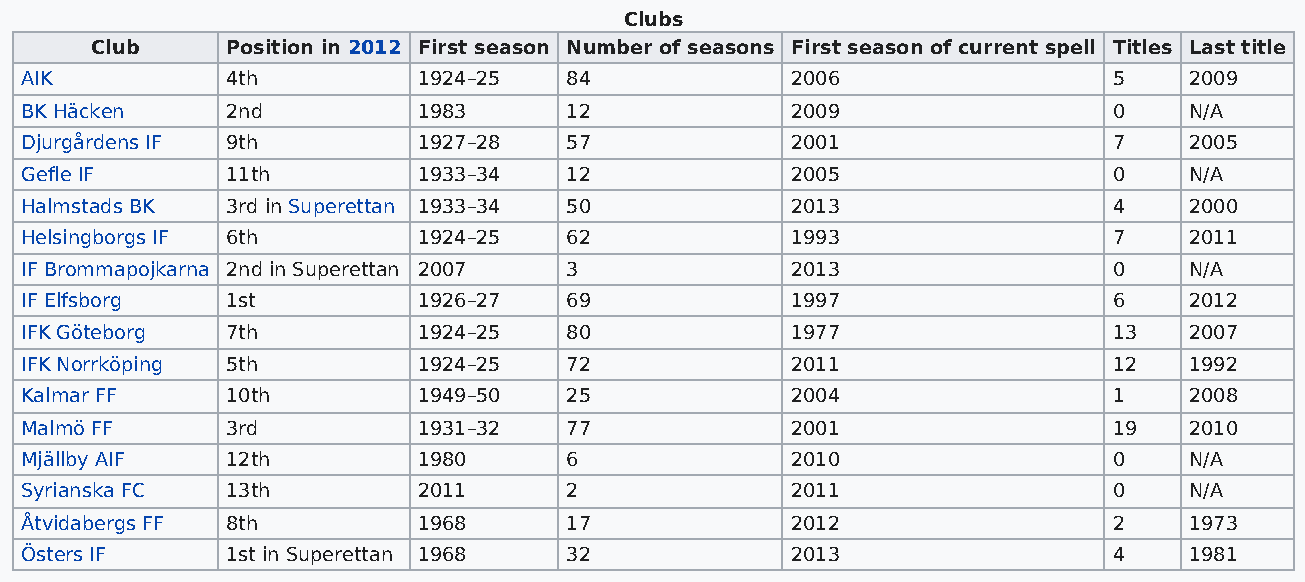
Clubs
 Club     Position in 2012 First season Number of seasons First season of current spell Titles Last title
 AIK           4th          1924–25  84             2006                  5    2009
 BK Häcken     2nd          1983     12             2009                  0    N/A
 Djurgårdens IF 9th         1927–28  57             2001                  7    2005
 Gefle IF      11th         1933–34  12             2005                  0    N/A
 Halmstads BK  3rd in Superettan 1933–34 50         2013                  4    2000
 Helsingborgs IF 6th        1924–25  62             1993                  7    2011
 IF Brommapojkarna 2nd in Superettan 2007 3         2013                  0    N/A
 IF Elfsborg   1st          1926–27  69             1997                  6    2012
 IFK Göteborg  7th          1924–25  80             1977                  13   2007
 IFK Norrköping 5th         1924–25  72             2011                  12   1992
 Kalmar FF     10th         1949–50  25             2004                  1    2008
 Malmö FF      3rd          1931–32  77             2001                  19   2010
 Mjällby AIF   12th         1980     6              2010                  0    N/A
 Syrianska FC  13th         2011     2              2011                  0    N/A
 Åtvidabergs FF 8th         1968     17             2012                  2    1973
 Östers IF     1st in Superettan 1968 32            2013                  4    1981